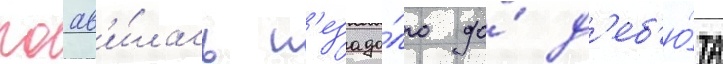
поав'и́лась н'езадо́лго до́ д'еб'ю́та